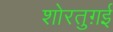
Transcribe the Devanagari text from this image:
शोरतुग़ई